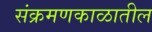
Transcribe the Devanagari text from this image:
संक्रमणकाळातील